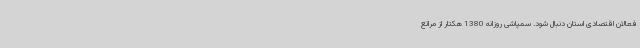
فعالان اقتصادی استان دنبال شود. سمپاشی روزانه 1380 هکتار از مراتع